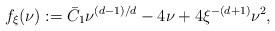
LaTeX: \begin{align*}f_\xi(\nu):=\bar{C}_1 \nu^{(d-1)/d}-4\nu+4\xi^{-(d+1)}\nu^2,\end{align*}